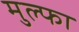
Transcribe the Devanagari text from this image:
मुल्फा